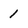
Character: 1